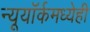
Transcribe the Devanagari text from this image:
न्यूयॉर्कमध्येही